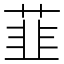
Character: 韮